Indian journal of veterinary science and animal husbandry - Volume 5,
Year: 1935
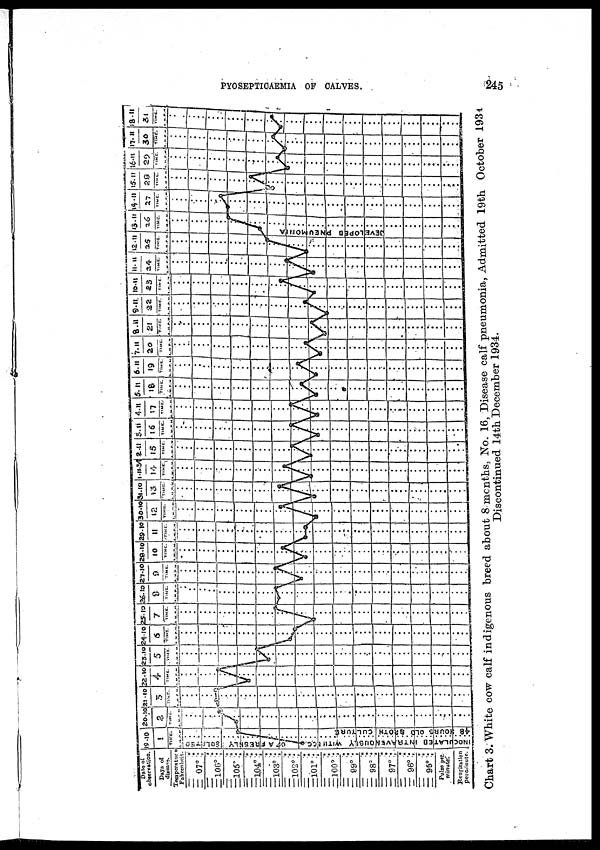
PYOSEPTICAEMIA
OF
CALVES.
245
Chart 3. White cow calf indigenous breed about 8 months, No. 16, Disease calf pneumonia, Admitted 19th October
Discontinued 14th December 1934.